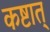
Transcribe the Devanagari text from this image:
कष्टात्